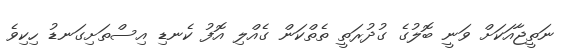
ނަތީޖާއަކަށް ވަނީ ބޮލުގެ ގުދުރަތީ ތެތްކަން ގެއްލި އޮފު ކެނޑި އިސްތަށިގަނޑު ހިކިވެ